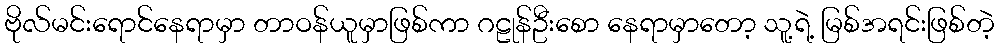
ဗိုလ်မင်းရောင်နေရာမှာ တာဝန်ယူမှာဖြစ်ကာ ဂဠုန်ဦးစော နေရာမှာတော့ သူ့ရဲ့ မြစ်အရင်းဖြစ်တဲ့